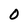
Character: O